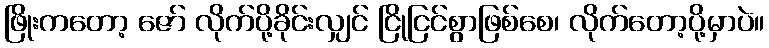
ဖြိုးကတော့ ဇော် လိုက်ပို့ခိုင်းလျှင် ငြိုငြင်စွာဖြစ်စေ၊ လိုက်တော့ပို့မှာပဲ။